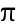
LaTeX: \uppi